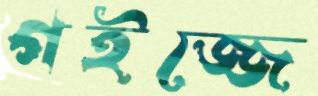
গইজ্জে